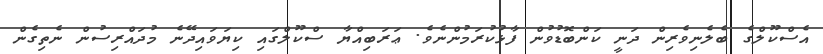
އެސްކޫލްގެ ބެލެނިވެރިން ދަނީ ކަންބޮޑުވުން ފާޅުކުރަމުންނެވެ. ޢަރަބިއްޔާ ސްކޫލްގައި ކިޔަވައިދޭނެ މުދައްރިސުން ނެތިގެން